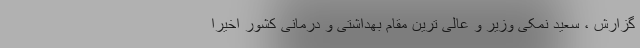
گزارش ، سعید نمکی وزیر و عالی ترین مقام بهداشتی و درمانی کشور اخیرا